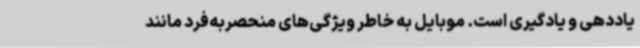
یاددهی و یادگیری است. موبایل به خاطر ویژگی‌های منحصربه‌فرد مانند